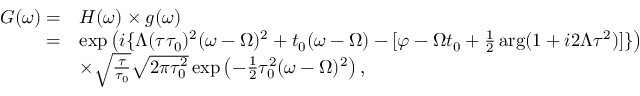
\begin{array} { r l } { G ( \omega ) = } & { H ( \omega ) \times g ( \omega ) } \\ { = } & { \exp \left( i \{ \Lambda ( \tau \tau _ { 0 } ) ^ { 2 } ( \omega - \Omega ) ^ { 2 } + t _ { 0 } ( \omega - \Omega ) - [ \varphi - \Omega t _ { 0 } + \frac { 1 } { 2 } \arg ( 1 + i 2 \Lambda \tau ^ { 2 } ) ] \} \right) } \\ & { \times \sqrt { \frac { \tau } { \tau _ { 0 } } } \sqrt { 2 \pi \tau _ { 0 } ^ { 2 } } \exp \left( - \frac { 1 } { 2 } \tau _ { 0 } ^ { 2 } ( \omega - \Omega ) ^ { 2 } \right) , } \end{array}